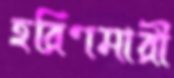
হরিণমারী